Civil Veterinary Dept. Bombay admin report 1907-1913 - 1907-1913
Year: 1907
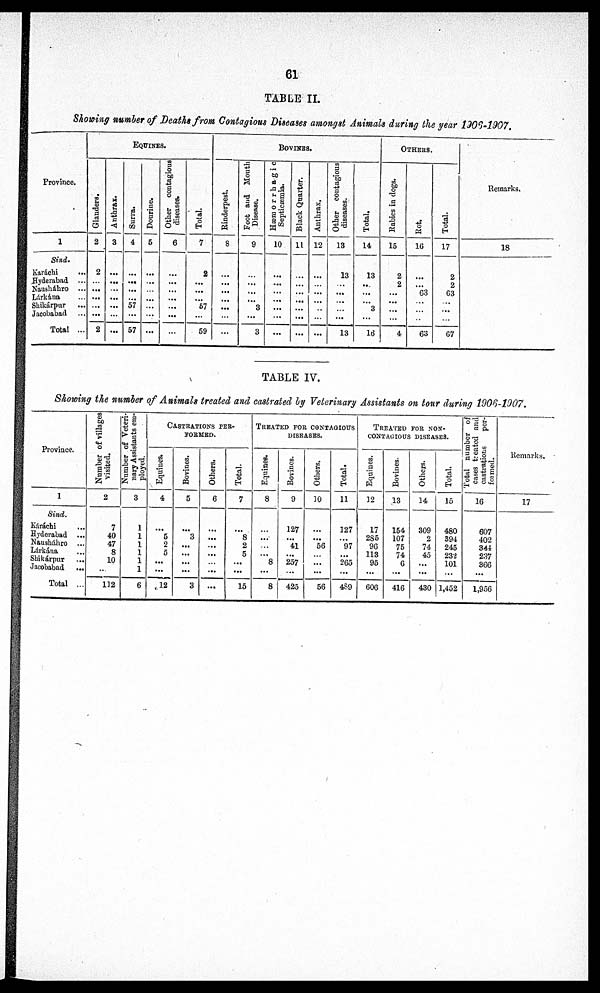
61
TABLE II.
Showing number of Deaths from Contagious Diseases amongst Animals during the year 1906-1907.
Province.
1
Sind.
Karáchi
...
Hyderabad ...
Nausháhro ...
Lárkána ...
Shikárpur ...
Jacobabad
Total ...
EQUINES.
Glanders.
2
2
...
...
...
...
...
2
Anthrax.
3
...
...
...
...
...
...
Surra.
4
...
...
...
...
57
...
57
Dourine.
5
...
...
...
...
...
...
...
Other contagious
diseases.
6
...
...
...
...
...
...
...
Total.
7
2
...
...
...
67
...
59
BOVINES.
Rinderpest.
8
...
...
...
...
...
...
...
Foot and Mouth
Disease.
9
...
...
...
...
3
...
3
Hæmorrhagic
Septicæmia.
10
...
...
...
...
...
...
...
Black Quarter.
11
...
...
...
...
...
...
...
Anthrax.
12
...
...
...
...
..
...
...
Other contagious
diseases.
13
13
...
...
...
...
13
Total.
14
13
...
...
...
3
...
16
OTHERS.
Rabies
in dogs.
15
2
2
...
...
...
...
4
Rot.
10
...
...
63
...
...
...
63
Total.
17
2
2
63
...
...
67
Remarks.
18
TABLE IV.
Showing the number of Animals treated and castrated by Veterinary Assistants on tour during 1906-1907.
Province.
1
Sind.
Káráchi
...
Hyderabad ...
Nausháhro ...
Lárkána
...
Shikárpur ...
Jacobabad ...
Total ...
Number of villages
visited.
2
7
40
47
8
10
112
Number of Veteri-
nary Assistants em-
ployed.
3
6
CASTRATION PER-
FORMED.
Equines.
4
...
5
2
5
...
...
12
Bovines.
5
3
...
...
...
...
3
Others.
6
...
...
...
...
...
...
Total.
7
...
8
2
5
...
...
15
TREATED FOR ----------
DISEASES.
Equines.
8
...
...
8
...
8
Bovines.
9
127
...
41
...
257
...
425
Others.
10
...
...
56
...
...
56
Total.
11
327
...
97
...
265
...
489
TREATED
FOR
NON-
---------- DISEASES.
Equines.
12
17
285
96
113
95
...
606
Bovines.
13
154
107
75
74
6
...
416
Others.
14
309
2
74
45
...
...
430
Total.
15
480
394
245
232
101
...
1,452
Total number of
cases treated and
castrations
per-
formed.
16
607
402
344
237
366
...
1,956
Remarks.
17